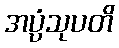
အပ္ပံသုပတိ